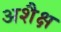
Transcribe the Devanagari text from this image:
अशैक्ष